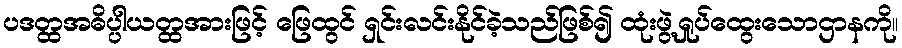
ပဒတ္ထအဓိပ္ပါယတ္ထအားဖြင့် ဖြေထွင် ရှင်းလင်းနိုင်ခဲ့သည်ဖြစ်၍ ထုံးဖွဲ့ရှုပ်ထွေးသောဌာနကို။